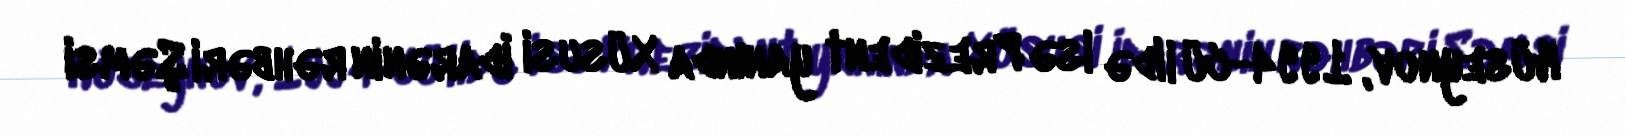
Hüseynov, 1994-cü ildə isə Prezident yanında Xüsusi İdarənin rəhbəri Şəmsi